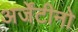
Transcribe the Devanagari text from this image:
अर्जेंटीनो